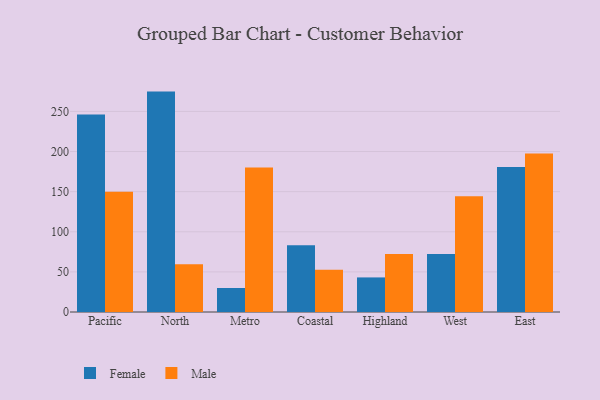
{"axis": {"x": "Region", "y": "Latency (ms)"}, "legend": ["Female", "Male"], "data": [{"x": "Pacific", "y": 246.3, "type": "Female"}, {"x": "Pacific", "y": 149.9, "type": "Male"}, {"x": "North", "y": 274.7, "type": "Female"}, {"x": "North", "y": 59.4, "type": "Male"}, {"x": "Metro", "y": 29.9, "type": "Female"}, {"x": "Metro", "y": 180.1, "type": "Male"}, {"x": "Coastal", "y": 83.2, "type": "Female"}, {"x": "Coastal", "y": 52.7, "type": "Male"}, {"x": "Highland", "y": 43.1, "type": "Female"}, {"x": "Highland", "y": 72.2, "type": "Male"}, {"x": "West", "y": 72.3, "type": "Female"}, {"x": "West", "y": 144.3, "type": "Male"}, {"x": "East", "y": 180.7, "type": "Female"}, {"x": "East", "y": 197.6, "type": "Male"}]}